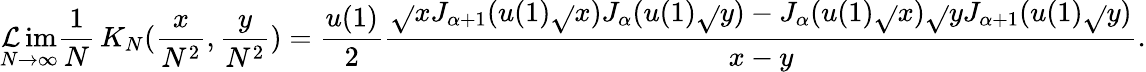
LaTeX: \operatorname*{\mathcal{L}im}_{N\rightarrow\infty}\frac{1}{N}\, K_{N}(\frac{{x}}{{N^{2}}},\frac{{y}}{{N^{2}}})=\frac{{u(1)}}{{2}}\frac{{\sqrt{}{{x}}J_{\alpha+1}(u(1)\sqrt{}{{x}})J_{\alpha}(u(1)\sqrt{}{{y}})-J_{\alpha}(u(1)\sqrt{}{{x}})\sqrt{}{{y}}J_{\alpha+1}(u(1)\sqrt{}{{y}})}}{{x-y}}.